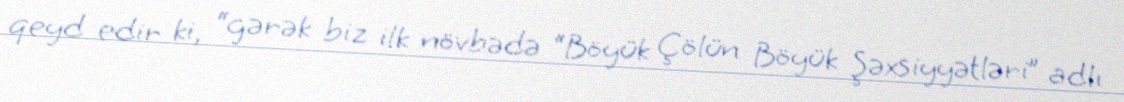
qeyd edir ki, “gərək biz ilk növbədə “Böyük Çölün Böyük Şəxsiyyətləri” adlı